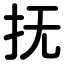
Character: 抚